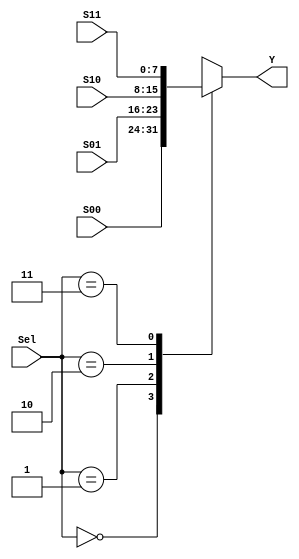
//Module Multiplexer 2 to 4
module MUX_2_4(Sel, S00, S01, S10, S11, Y);
    input wire[7:0] S00, S01, S10, S11;
    input wire[1:0] Sel;
    output reg[7:0] Y;

    always @(*) begin
        case (Sel)
            2'b00: Y = S00;
            2'b01: Y = S01;
            2'b10: Y = S10;
            2'b11: Y = S11;
            default: Y = S00;
        endcase
    end
endmodule